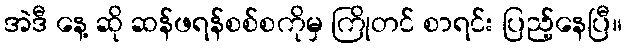
အဲဒီ နေ့ ဆို ဆန်ဖရန်စစ်စကိုမှ ကြိုတင် စာရင်း ပြည့်နေပြီ။